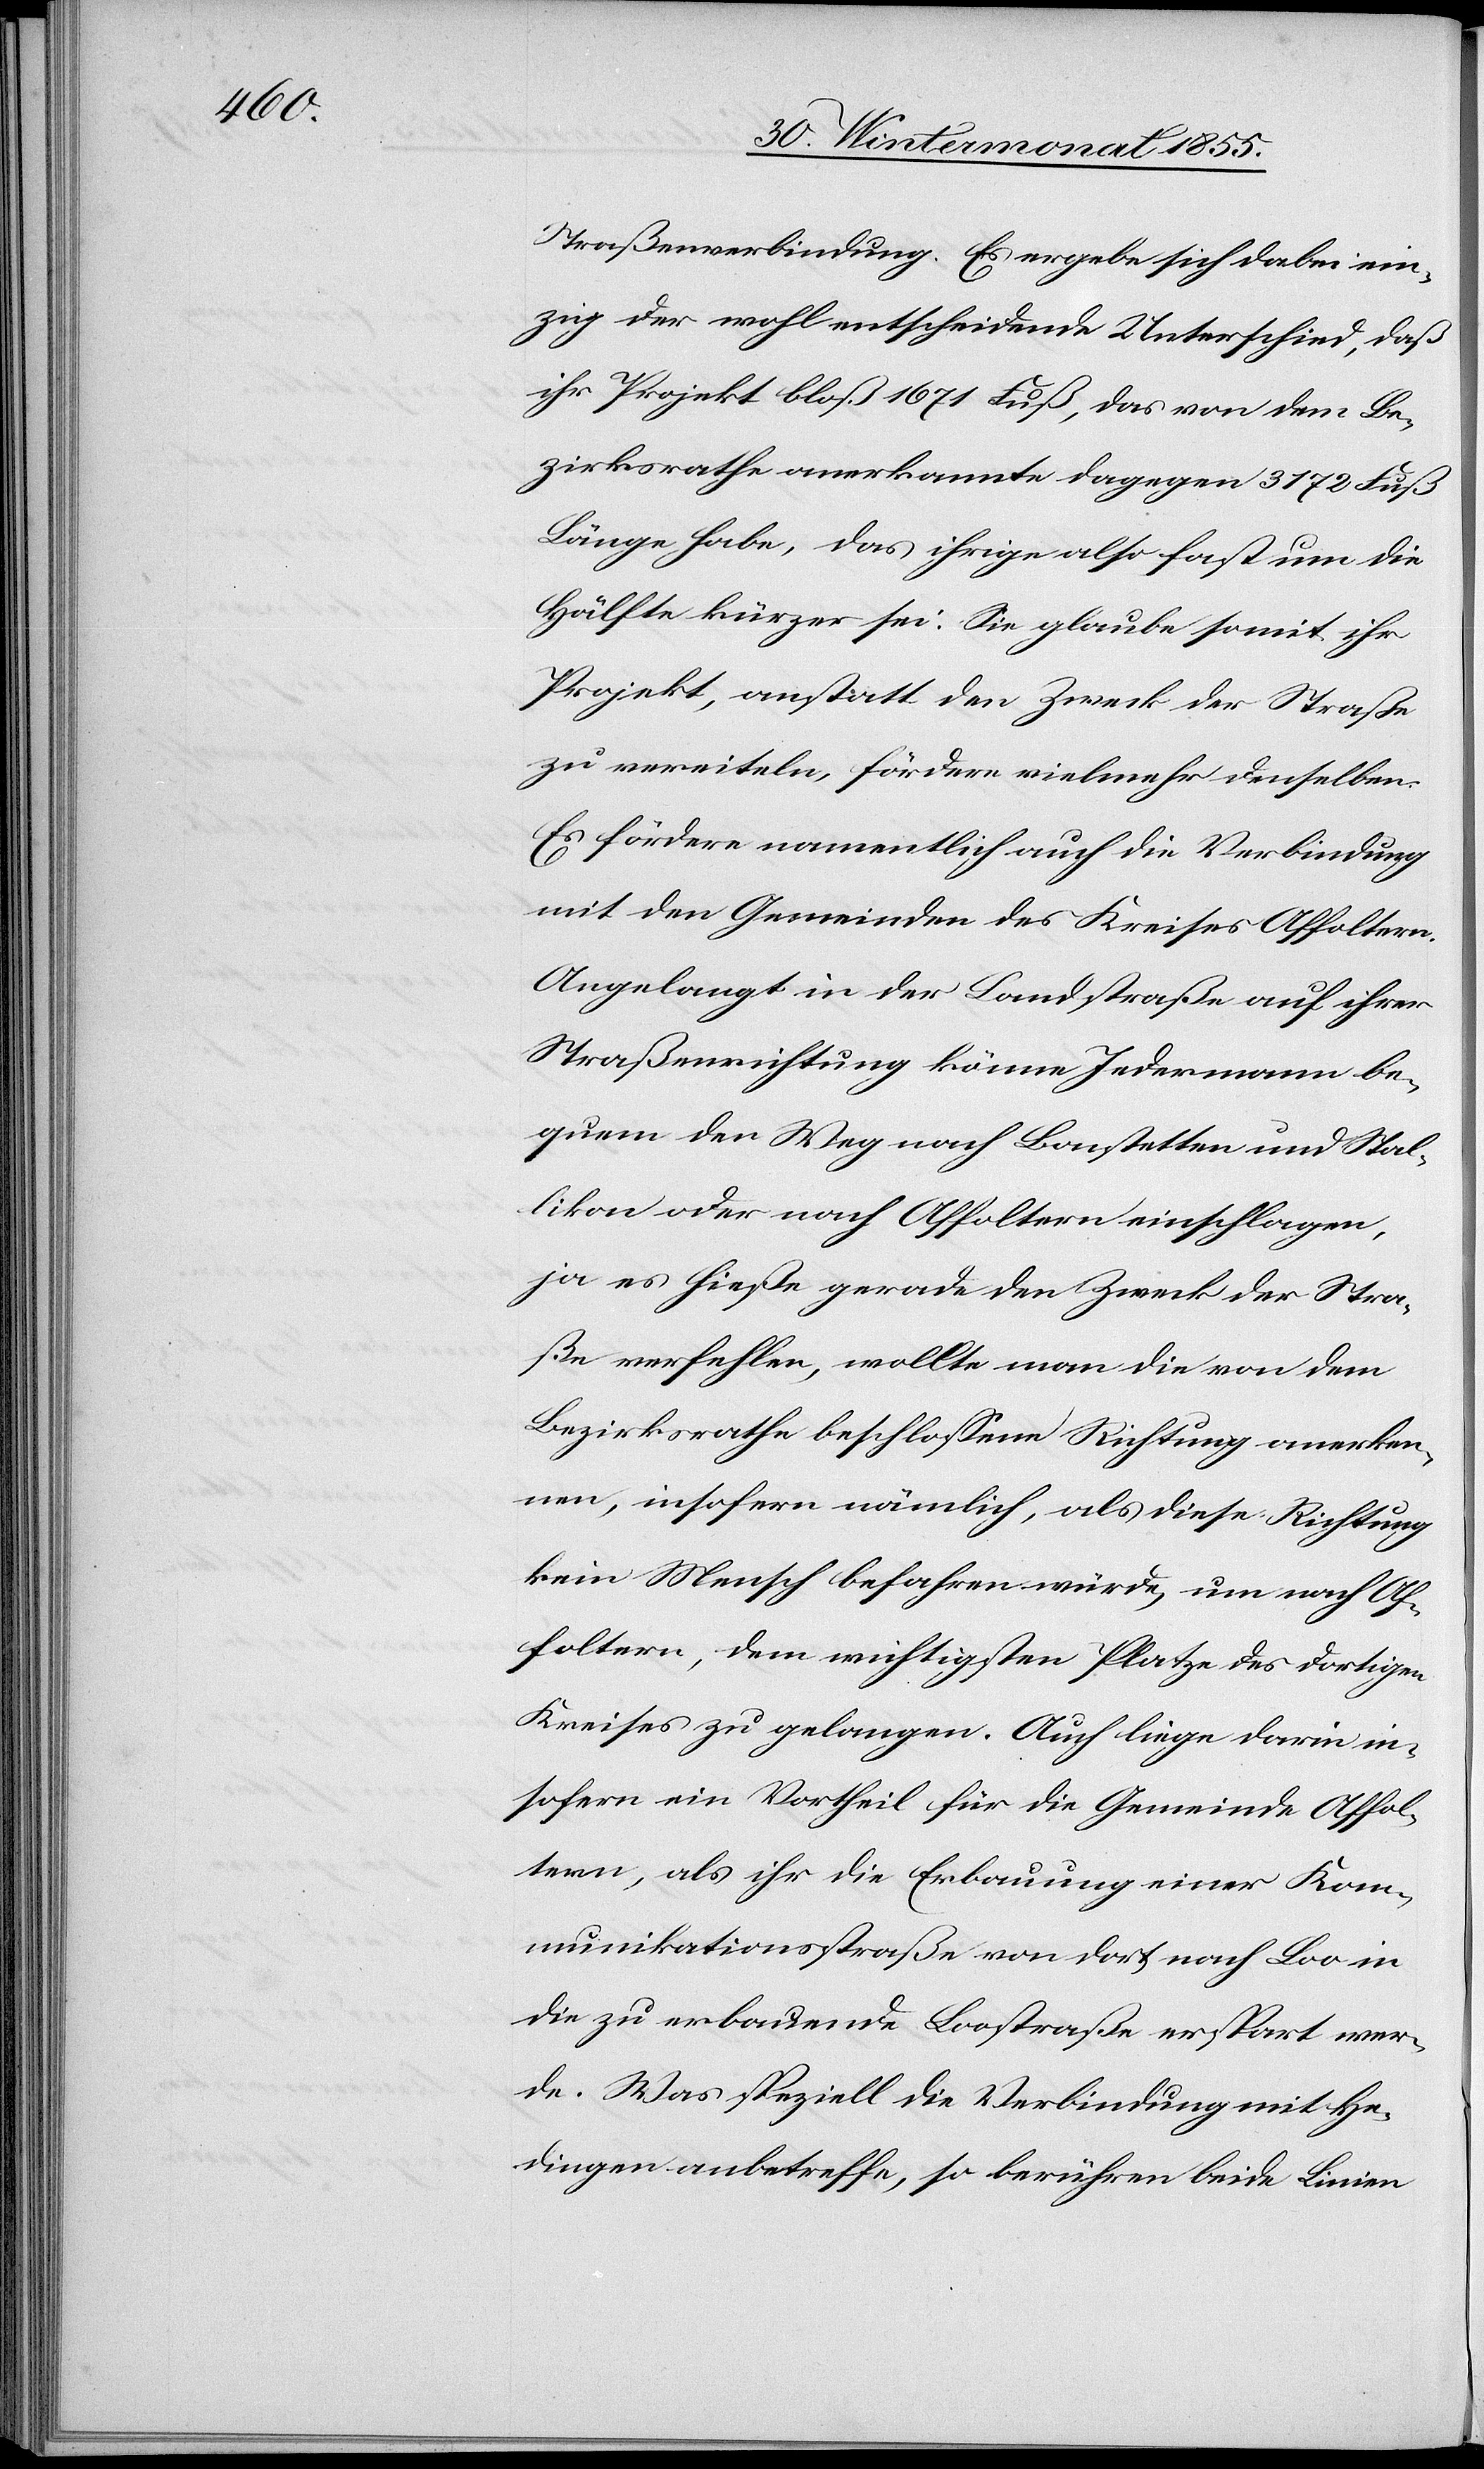
Straßenverbindung. Es ergebe sich dabei ein¬
zig der wohl entscheidende Unterschied, daß
ihr Projekt bloß 1671 Fuß, das von dem Be¬
zirksrathe anerkannte dagegen 3172 Fuß
Länge habe, das ihrige also fast um die
Hälfte kürzer sei. Sie glaube somit ihr
Projekt, anstatt den Zweck der Straße
zu vereiteln, fördere vielmehr denselben.
Es fördere namentlich auch die Verbindung
mit den Gemeinden des Kreises Affoltern.
Angelangt in der Landstraße auf ihrer
Straßenrichtung könne Jedermann be¬
quem den Weg nach Bonstetten und Stal¬
likon oder nach Affoltern einschlagen,
ja es hieße gerade den Zweck der Stra¬
ße verfehlen, wollte man die von dem
Bezirksrathe beschlossene Richtung anerken¬
nen, insofern nämlich, als diese Richtung
kein Mensch befahren würde, um nach Af¬
foltern, dem wichtigsten Platze des dortigen
Kreises zu gelangen. Auch liege darin in¬
sofern ein Vortheil für die Gemeinde Affol¬
tern, als ihr die Erbauung einer Kom¬
munikationsstraße von dort nach Loo in
die zu erbauende Loostraße erspart wer¬
de. Was speziell die Verbindung mit He¬
dingen anbetreffe, so berühren beide Linien